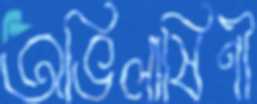
অভিলাষিণী